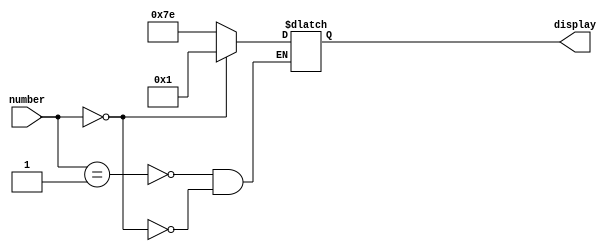
module decodificadorONOFF (number,display);

input [3:0] number;
output reg [0:6] display;

always @ (number) begin
   case (number)
     1: display <= 7'b1111110;
     0: display <= 7'b0000001;
     endcase
end     
endmodule